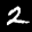
Label: 2